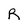
Character: R